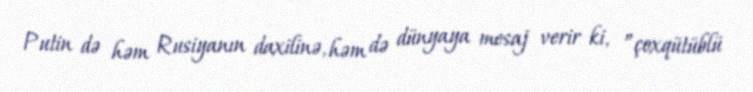
Putin də həm Rusiyanın daxilinə, həm də dünyaya mesaj verir ki, ”çoxqütüblü